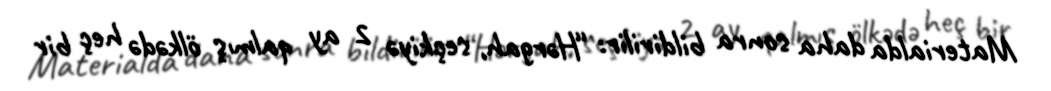
Materialda daha sonra bildirilir: “Hərgah, seçkiyə 2 ay qalmış ölkədə heç bir